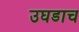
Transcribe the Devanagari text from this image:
उघडाच